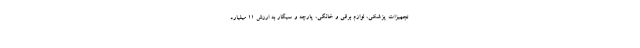
تجهیزات پزشکی، لوازم برقی و خانگی، پارچه و سیگار به ارزش ۱۱ میلیارد